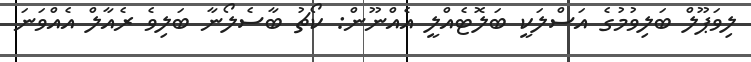
ލިވަޕޫލް ބަލިވުމުގެ އަސްލަކީ ބަލޮޓެއްލީ އެއްނޫން: ކޯޗު ބާސެލޯނާ ބަލިވެ ރެއާލް އެއްވަނަ